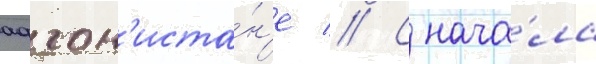
афган'иста́н'е // С нача́ла